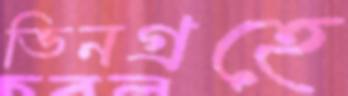
ভিনগ্রহে